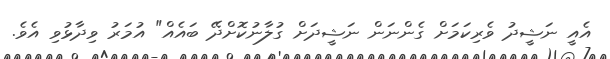
އެއީ ނަޝީދު ވެރިކަމަށް ގެންނަން ނަޝީދަށް ގުލާނުކޮށްދޭ ބައެއް" އުމަރު ވިދާޅުވި އެވެ.